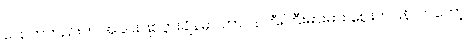
ပြောကတည်းက အခင်းဖြစ်ပွားချိန်မှာ တာဝန်ကြီးကြီးမားမား ဈေးကပြန်လာတော့